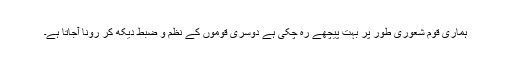
ہماری قوم شعوری طور پر بہت پیچھے رہ چکی ہے دوسری قوموں کے نظم و ضبط دیکھ کر رونا آجاتا ہے۔